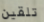
تلقين